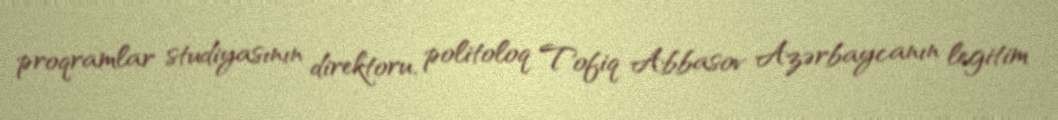
proqramlar studiyasının direktoru, politoloq Tofiq Abbasov Azərbaycanın legitim